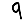
Digit: 9